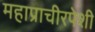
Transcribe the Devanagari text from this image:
महाप्राचीरपेशी